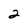
Character: 2